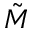
\Tilde { M }